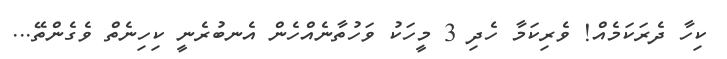
ކިހާ ދެރަކަމެއް! ވެރިކަމާ ހެދި 3 މީހަކު ވަހުތާނެއްހެން އެނބުރެނީ ކިހިނެތް ވެގެންތޭ...